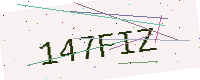
Text: 147FIZ